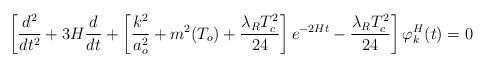
LaTeX: \begin{align*}\left[ \frac{d^2}{dt^2}+3H\frac{d}{dt}+\left[\frac{k^2}{a_o^2}+m^2(T_o)+\frac{\lambda_R T^2_c}{24}\right]e^{-2Ht}-\frac{\lambda_R T^2_c}{24}\right]\varphi^H_k(t) = 0 \end{align*}